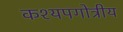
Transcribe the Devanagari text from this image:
कश्यपगोत्रीय